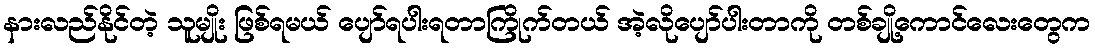
နားလည်နိုင်တဲ့ သူမျိုး ဖြစ်ရမယ် ပျော်ရပါးရတာကြိုက်တယ် အဲ့လိုပျော်ပါးတာကို တစ်ချို့ကောင်လေးတွေက